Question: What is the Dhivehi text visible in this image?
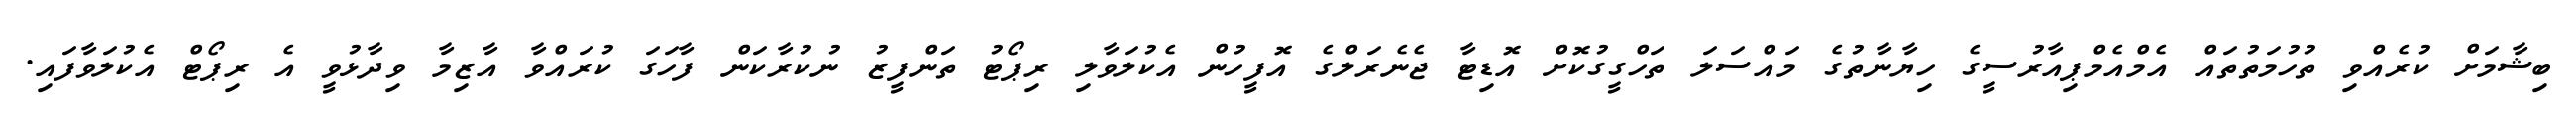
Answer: ބިޝާމަށް ކުރެއްވި ތުހުމަތުތައް އެމްއެމްޕިއާރުސީގެ ހިޔާނާތުގެ މައްސަލަ ތަހްގީގުކޮށް އޮޑިޓާ ޖެނެރަލްގެ އޮފީހުން އެކުލަވާލި ރިޕޯޓު ތަންފީޒު ނުކުރާކަން ފާހަގަ ކުރައްވާ އާޒިމާ ވިދާޅުވީ އެ ރިޕޯޓް އެކުލަވާފައި.